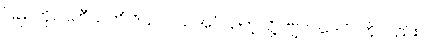
ပြည်ကို။ ပဟီယတိ ဝိယ၊ ပယ်အပ်သကဲ့သို့။ ဗျာပါဒေါပိ၊ ကိုလည်း။